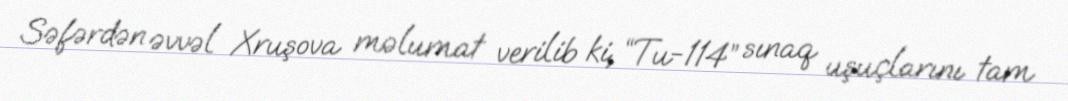
Səfərdən əvvəl Xruşova məlumat verilib ki, “Tu-114” sınaq uşuçlarını tam